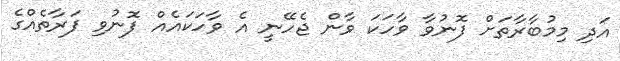
އަދި މިމުބާރާތަށް ފޮނުވާ ވާހަކަ ވާން ޖެހޭނީ އެ ވާހަކައެއް ފޮނުވި ފަރާތެއްގެ